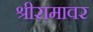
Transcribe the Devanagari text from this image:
श्रीरामावर